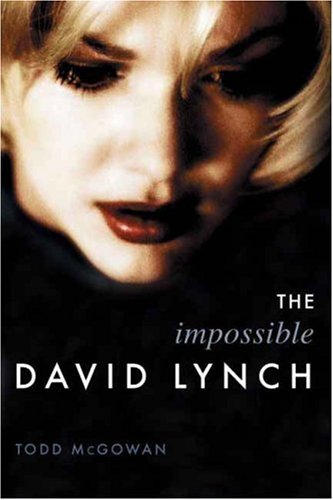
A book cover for The Impossible David Lynch (Film and Culture Series); Todd McGowan; Humor & Entertainment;